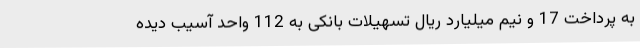
به پرداخت 17 و نیم میلیارد ریال تسهیلات بانکی به 112 واحد آسیب دیده